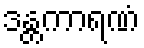
ဒန္တကာရဏံ